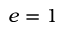
e = 1